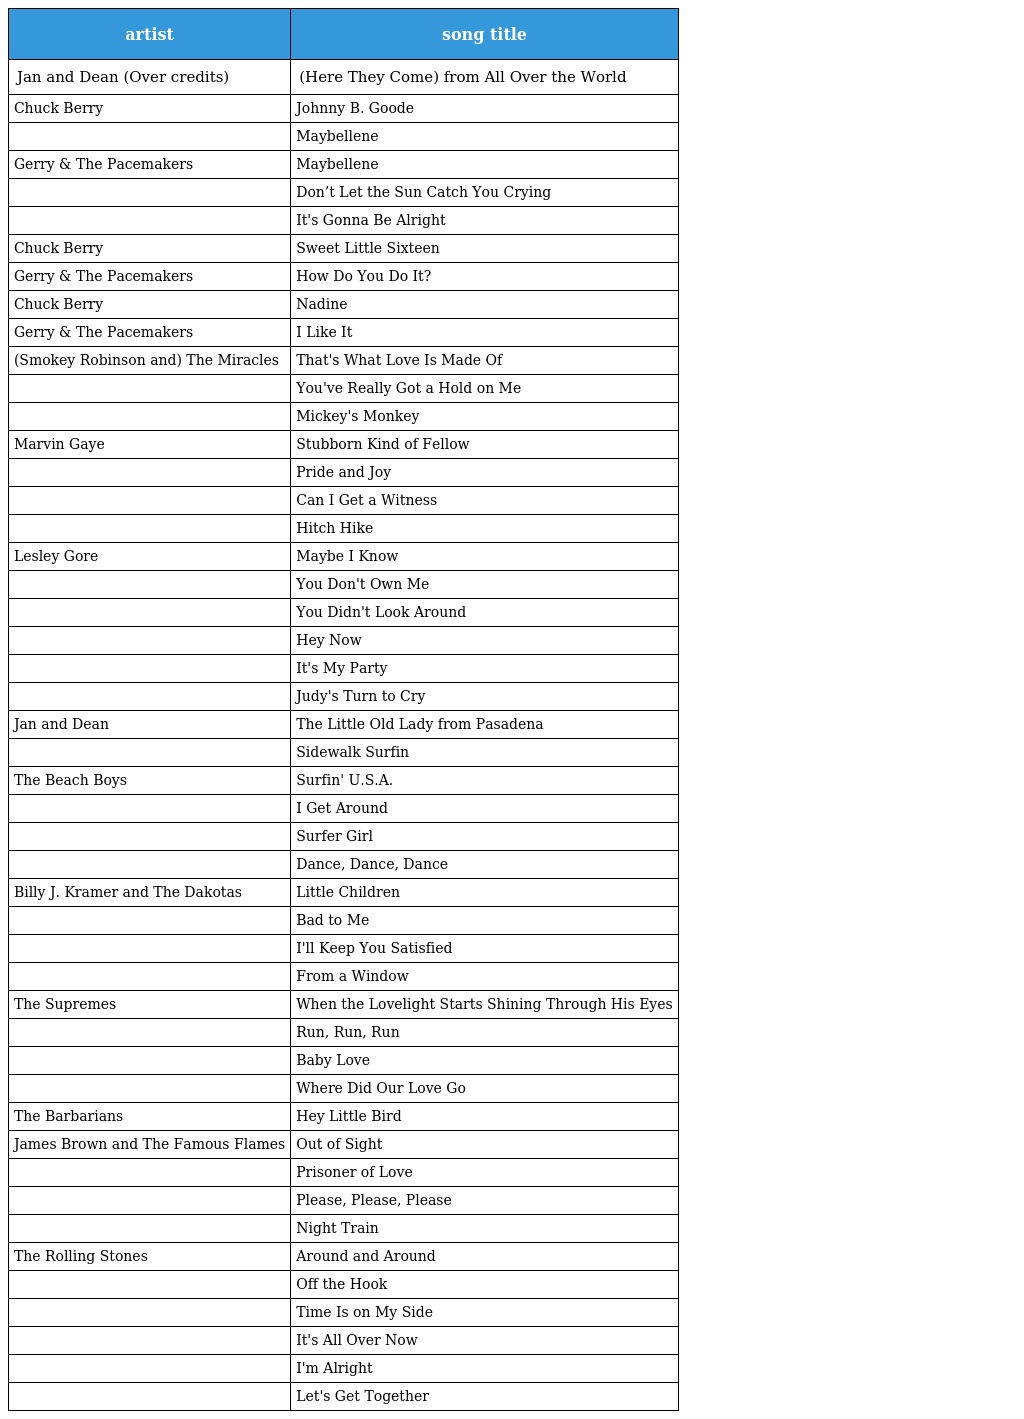
| artist | song title |
 | --- | --- |
 | Jan and Dean (Over credits) | (Here They Come) from All Over the World |
 | Chuck Berry | Johnny B. Goode |
 |  | Maybellene |
 | Gerry & The Pacemakers | Maybellene |
 |  | Don’t Let the Sun Catch You Crying |
 |  | It's Gonna Be Alright |
 | Chuck Berry | Sweet Little Sixteen |
 | Gerry & The Pacemakers | How Do You Do It? |
 | Chuck Berry | Nadine |
 | Gerry & The Pacemakers | I Like It |
 | (Smokey Robinson and) The Miracles | That's What Love Is Made Of |
 |  | You've Really Got a Hold on Me |
 |  | Mickey's Monkey |
 | Marvin Gaye | Stubborn Kind of Fellow |
 |  | Pride and Joy |
 |  | Can I Get a Witness |
 |  | Hitch Hike |
 | Lesley Gore | Maybe I Know |
 |  | You Don't Own Me |
 |  | You Didn't Look Around |
 |  | Hey Now |
 |  | It's My Party |
 |  | Judy's Turn to Cry |
 | Jan and Dean | The Little Old Lady from Pasadena |
 |  | Sidewalk Surfin |
 | The Beach Boys | Surfin' U.S.A. |
 |  | I Get Around |
 |  | Surfer Girl |
 |  | Dance, Dance, Dance |
 | Billy J. Kramer and The Dakotas | Little Children |
 |  | Bad to Me |
 |  | I'll Keep You Satisfied |
 |  | From a Window |
 | The Supremes | When the Lovelight Starts Shining Through His Eyes |
 |  | Run, Run, Run |
 |  | Baby Love |
 |  | Where Did Our Love Go |
 | The Barbarians | Hey Little Bird |
 | James Brown and The Famous Flames | Out of Sight |
 |  | Prisoner of Love |
 |  | Please, Please, Please |
 |  | Night Train |
 | The Rolling Stones | Around and Around |
 |  | Off the Hook |
 |  | Time Is on My Side |
 |  | It's All Over Now |
 |  | I'm Alright |
 |  | Let's Get Together |